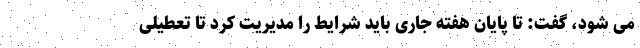
می شود، گفت: تا پایان هفته جاری باید شرایط را مدیریت کرد تا تعطیلی